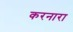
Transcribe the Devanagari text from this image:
करनारा